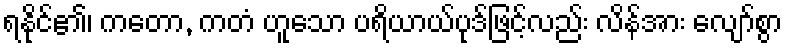
ရနိုင်၏၊ ကတော, ကတံ ဟူသော ပရိယာယ်ပုဒ်ဖြင့်လည်း လိန်အား လျော်စွာ